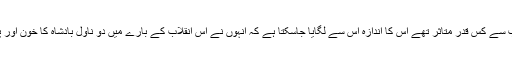
آغا افتخار فرانسیسی انقلا ب سے کس قدر متاثر تھے اس کا اندازہ اس سے لگایا جاسکتا ہے کہ انہوں نے اس انقلاب کے بارے میں دو ناول بادشاہ کا خون اور پیرس کی ایک رات لکھے۔